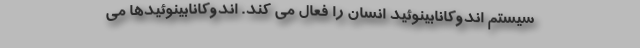
سیستم اندوکانابینوئید انسان را فعال می کند. اندوکانابینوئیدها می